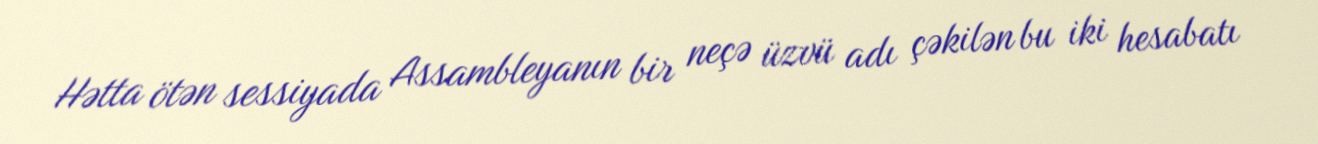
Hətta ötən sessiyada Assambleyanın bir neçə üzvü adı çəkilən bu iki hesabatı